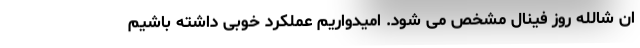
ان شالله روز فینال مشخص می شود. امیدواریم عملکرد خوبی داشته باشیم